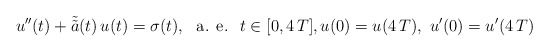
\begin{align*}u^{\prime\prime}(t)+\tilde{\tilde{a}}(t)\,u(t)=\sigma(t),\ \mbox{ a. e. }\;t\in [0,4\,T],u(0)=u(4\,T),\ u^{\prime}(0)=u^{\prime}(4\,T)\end{align*}